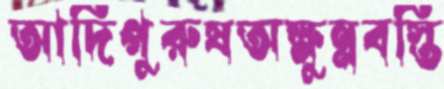
আদিপুরুষঅক্ষুন্নবস্তি